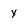
Character: y